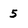
Character: 5